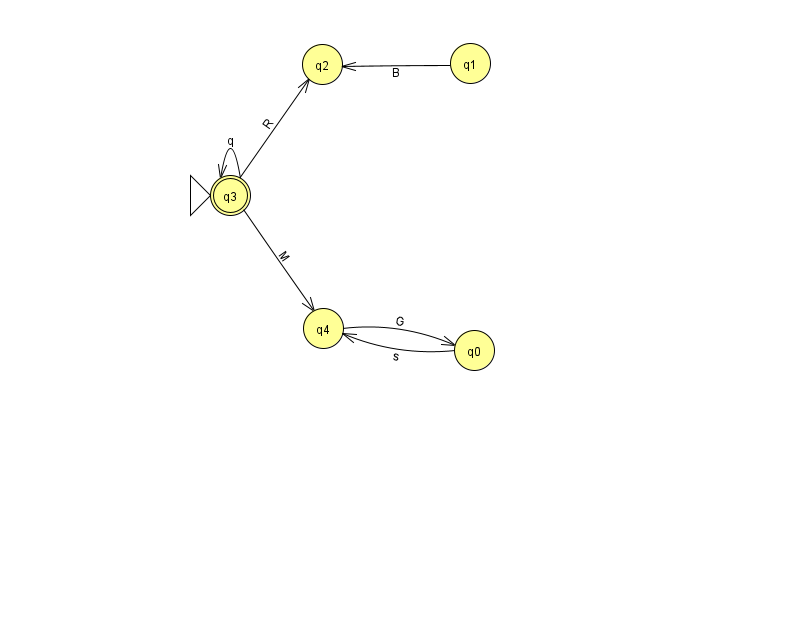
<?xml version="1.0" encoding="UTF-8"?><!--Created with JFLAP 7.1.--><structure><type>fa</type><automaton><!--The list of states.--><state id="0" name="q0"><x>474.0</x><y>337.0</y></state><state id="1" name="q1"><x>470.0</x><y>50.0</y></state><state id="2" name="q2"><x>322.0</x><y>51.0</y></state><state id="3" name="q3"><x>230.0</x><y>182.0</y><initial/><final/></state><state id="4" name="q4"><x>323.0</x><y>315.0</y></state><!--The list of transitions.--><transition><from>3</from><to>3</to><read>q</read></transition><transition><from>4</from><to>0</to><read>G</read></transition><transition><from>1</from><to>2</to><read>B</read></transition><transition><from>3</from><to>2</to><read>R</read></transition><transition><from>3</from><to>4</to><read>M</read></transition><transition><from>0</from><to>4</to><read>s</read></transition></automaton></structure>